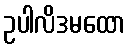
ဥပါလိဒမထော